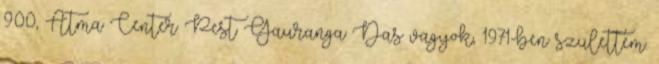
9:00, Atma Center Pest Gauranga Das vagyok, 1971-ben születtem.